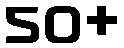
50+